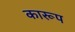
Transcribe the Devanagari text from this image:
कारूप